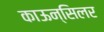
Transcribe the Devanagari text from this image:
काऊन्सिलर